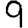
Digit: 9